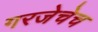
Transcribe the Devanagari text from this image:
गरजेचेच